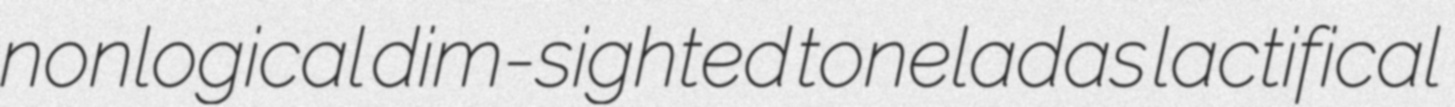
nonlogical dim-sighted toneladas lactifical